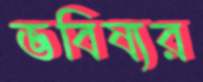
ভবিষ্যর